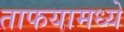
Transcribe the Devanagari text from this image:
ताफयामध्ये